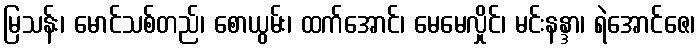
မြသန်း၊ မောင်သစ်တည်၊ စောယွမ်း၊ ထက်အောင်၊ မေမေလှိုင်၊ မင်းနန္ဒာ၊ ရဲအောင်ဇေ၊